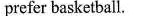
prefer basketball.